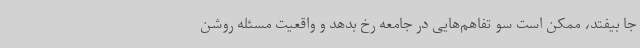
جا بیفتد، ممکن است سو تفاهم‌هایی در جامعه رخ بدهد و واقعیت مسئله روشن